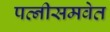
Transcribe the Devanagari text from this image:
पत्नीसमवेत